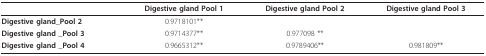
|  | Digestive gland Pool 1 | Digestive gland Pool 2 | Digestive gland Pool 3 |
 | --- | --- | --- | --- |
 | Digestive gland_Pool 2 | 0.9718101** |  |  |
 | Digestive gland _Pool 3 | 0.9714377** | 0.977098 ** |  |
 | Digestive gland _Pool 4 | 0.9665312** | 0.9789406** | 0.981809** |